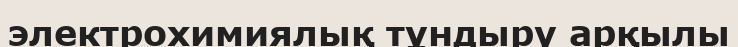
электрохимиялық тұндыру арқылы